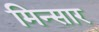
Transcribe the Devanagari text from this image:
मिन्सार